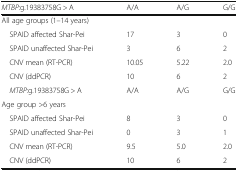
<table><thead><tr><td><b><i>MTBP</i>:g.19383758G &gt; A</b></td><td><b>A/A</b></td><td><b>A/G</b></td><td><b>G/G</b></td></tr></thead><tbody><tr><td colspan="4">All age groups (1–14 years)</td></tr><tr><td> SPAID affected Shar-Pei</td><td>17</td><td>3</td><td>0</td></tr><tr><td> SPAID unaffected Shar-Pei</td><td>3</td><td>6</td><td>2</td></tr><tr><td> CNV mean (RT-PCR)</td><td>10.05</td><td>5.22</td><td>2.0</td></tr><tr><td> CNV (ddPCR)</td><td>10</td><td>6</td><td>2</td></tr><tr><td> <i>MTBP</i>:g.19383758G &gt; A</td><td>A/A</td><td>A/G</td><td>G/G</td></tr><tr><td colspan="4">Age group &gt;6 years</td></tr><tr><td> SPAID affected Shar-Pei</td><td>8</td><td>3</td><td>0</td></tr><tr><td> SPAID unaffected Shar-Pei</td><td>0</td><td>3</td><td>1</td></tr><tr><td> CNV mean (RT-PCR)</td><td>9.5</td><td>5.0</td><td>2.0</td></tr><tr><td> CNV (ddPCR)</td><td>10</td><td>6</td><td>2</td></tr></tbody></table>